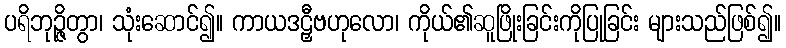
ပရိဘုဉ္ဇိတွာ၊ သုံးဆောင်၍။ ကာယဒဠှီဗဟုလော၊ ကိုယ်၏ဆူဖြိုးခြင်းကိုပြုခြင်း များသည်ဖြစ်၍။